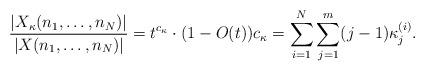
LaTeX: \begin{align*}\frac{|X_{\kappa}(n_1,\hdots,n_N)|}{|X(n_1,\hdots,n_N)|}=t^{c_{\kappa}}\cdot (1-O(t))c_{\kappa}=\sum_{i=1}^N\sum_{j=1}^m(j-1)\kappa^{(i)}_j.\end{align*}